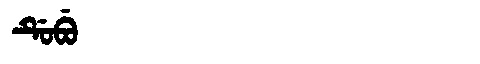
Manchu: ᡩᡠᠪᡠ
Romanization: DUBU